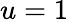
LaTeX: u=1